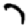
Digit: 7